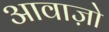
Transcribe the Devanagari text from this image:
आवाज़ो